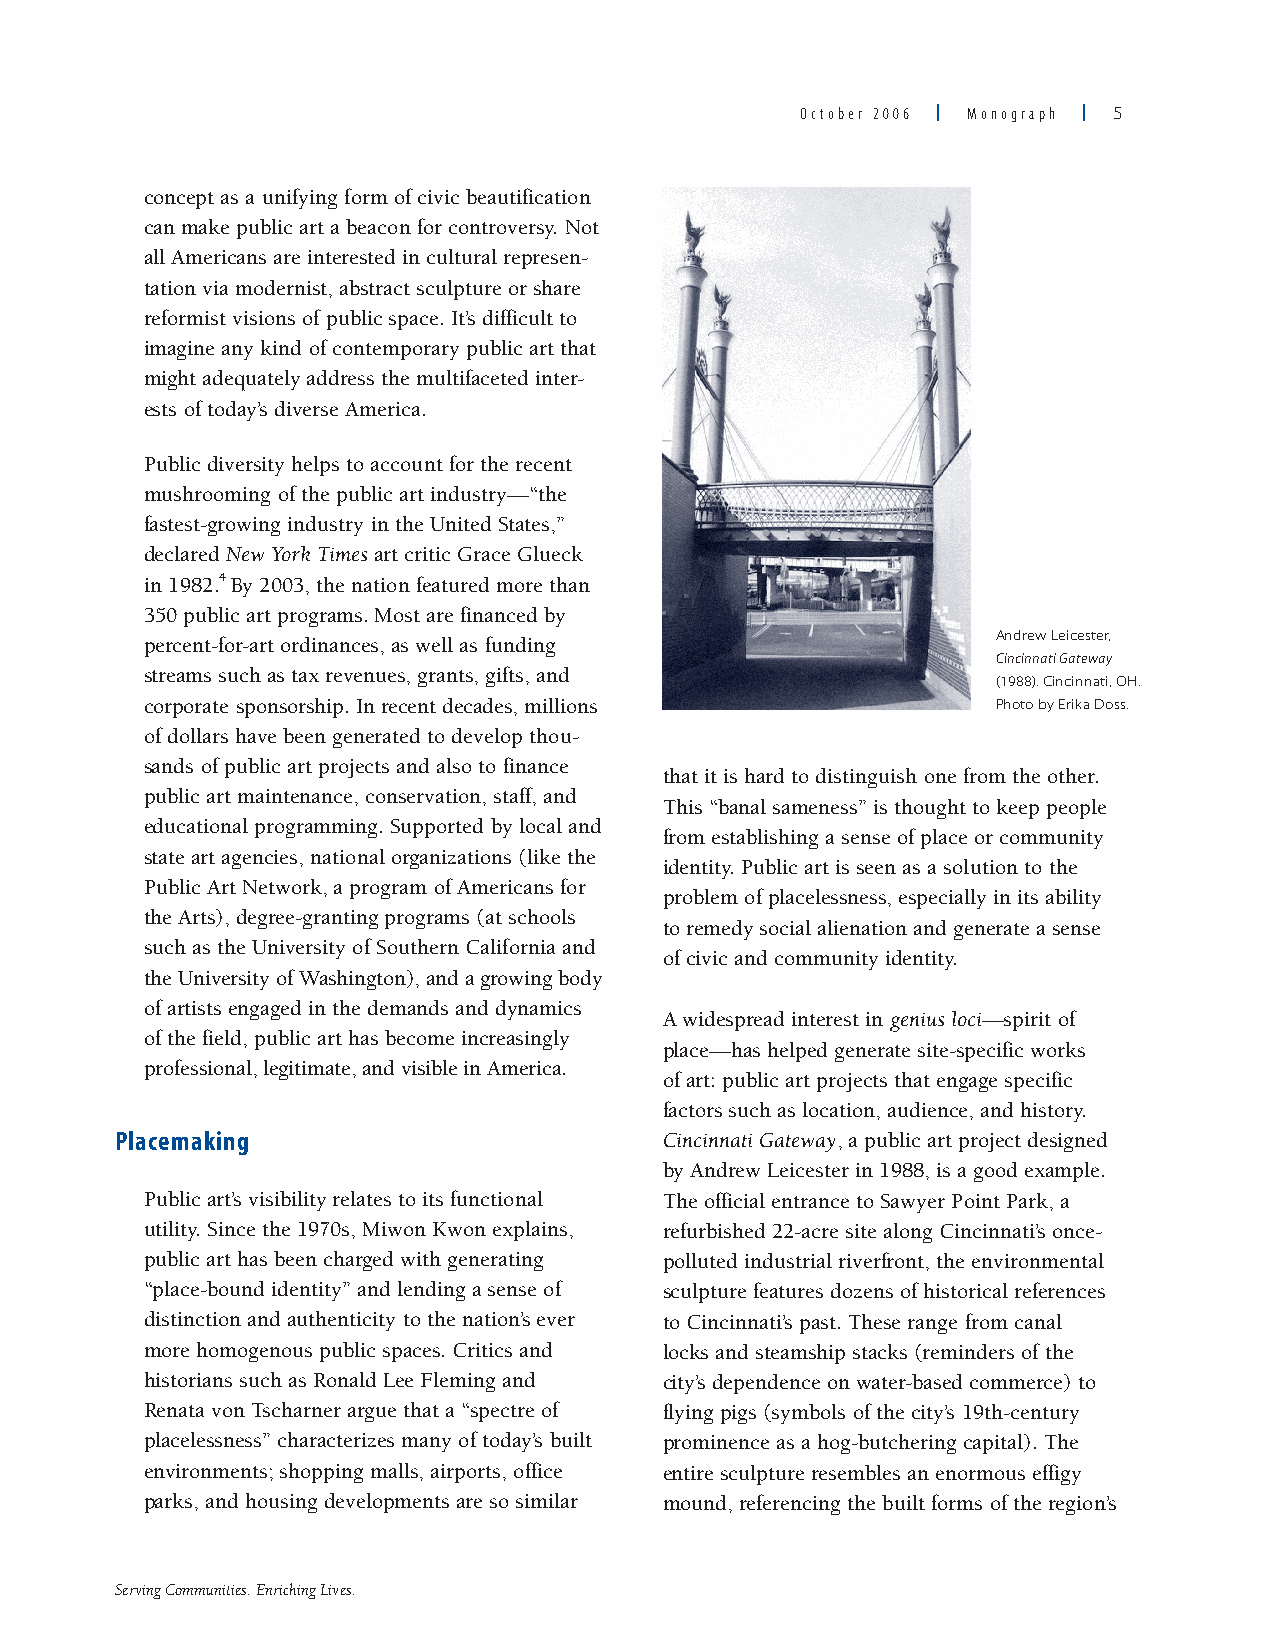
October 2006 | Monograph | 
 concept as a unifying form of civic beautification
 can make public art a beacon for controversy. Not
 all Americans are interested in cultural represen-
 tation via modernist, abstract sculpture or share
 reformist visions of public space. It’s difficult to
 imagine any kind of contemporary public art that
 might adequately address the multifaceted inter-
 ests of today’s diverse America.
 Public diversity helps to account for the recent
 mushrooming of the public art industry—“the
 fastest-growing industry in the United States,”
 declared New York Times art critic Grace Glueck
 in 1982.4 By 2003, the nation featured more than
 350 public art programs. Most are financed by
 Andrew Leicester,
 percent-for-art ordinances, as well as funding
 Cincinnati Gateway
 streams such as tax revenues, grants, gifts, and
 (1988). Cincinnati, OH.
 corporate sponsorship. In recent decades, millions      Photo by Erika Doss.
 of dollars have been generated to develop thou-
 sands of public art projects and also to finance
 that it is hard to distinguish one from the other.
 public art maintenance, conservation, staff, and
 This “banal sameness” is thought to keep people
 educational programming. Supported by local and
 from establishing a sense of place or community
 state art agencies, national organizations (like the
 identity. Public art is seen as a solution to the
 Public Art Network, a program of Americans for
 problem of placelessness, especially in its ability
 the Arts), degree-granting programs (at schools
 to remedy social alienation and generate a sense
 such as the University of Southern California and
 of civic and community identity.
 the University of Washington), and a growing body
 of artists engaged in the demands and dynamics
 A widespread interest in genius loci—spirit of
 of the field, public art has become increasingly
 place—has helped generate site-specific works
 professional, legitimate, and visible in America.
 of art: public art projects that engage specific
 factors such as location, audience, and history.
 Placemaking                         Cincinnati Gateway, a public art project designed
 by Andrew Leicester in 1988, is a good example.
 Public art’s visibility relates to its functional The official entrance to Sawyer Point Park, a
 utility. Since the 1970s, Miwon Kwon explains, refurbished 22-acre site along Cincinnati’s once-
 public art has been charged with generating polluted industrial riverfront, the environmental
 “place-bound identity” and lending a sense of sculpture features dozens of historical references
 distinction and authenticity to the nation’s ever to Cincinnati’s past. These range from canal
 more homogenous public spaces. Critics and locks and steamship stacks (reminders of the
 historians such as Ronald Lee Fleming and city’s dependence on water-based commerce) to
 Renata von Tscharner argue that a “spectre of flying pigs (symbols of the city’s 19th-century
 placelessness” characterizes many of today’s built prominence as a hog-butchering capital). The
 environments; shopping malls, airports, office entire sculpture resembles an enormous effigy
 parks, and housing developments are so similar mound, referencing the built forms of the region’s
 Serving Communities. Enriching Lives.